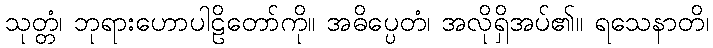
သုတ္တံ၊ ဘုရားဟောပါဠိတော်ကို။ အဓိပ္ပေတံ၊ အလိုရှိအပ်၏။ ရသေနာတိ၊